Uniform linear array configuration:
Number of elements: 4
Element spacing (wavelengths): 1
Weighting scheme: kaiser
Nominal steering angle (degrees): -45
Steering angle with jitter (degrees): -45.665
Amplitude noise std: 0.05
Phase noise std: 0.05

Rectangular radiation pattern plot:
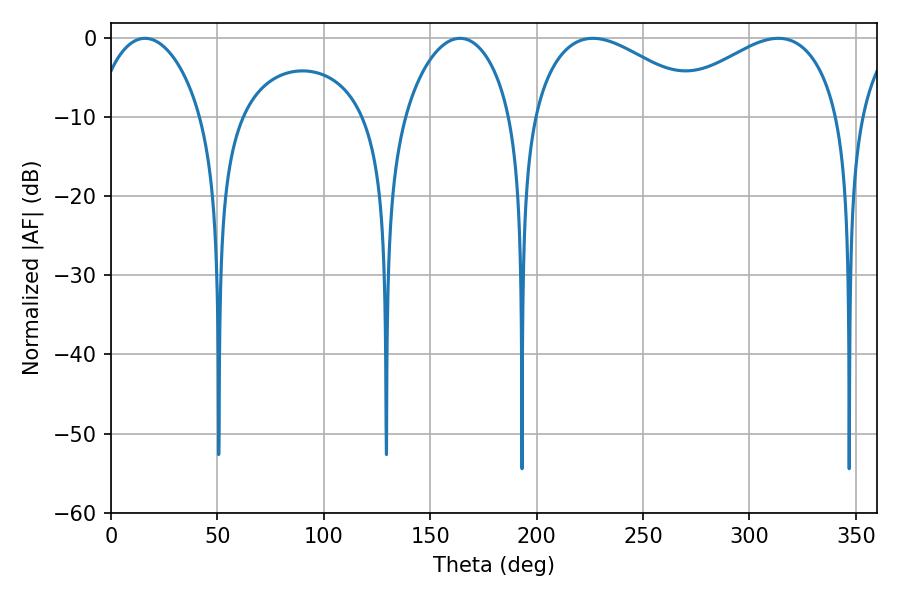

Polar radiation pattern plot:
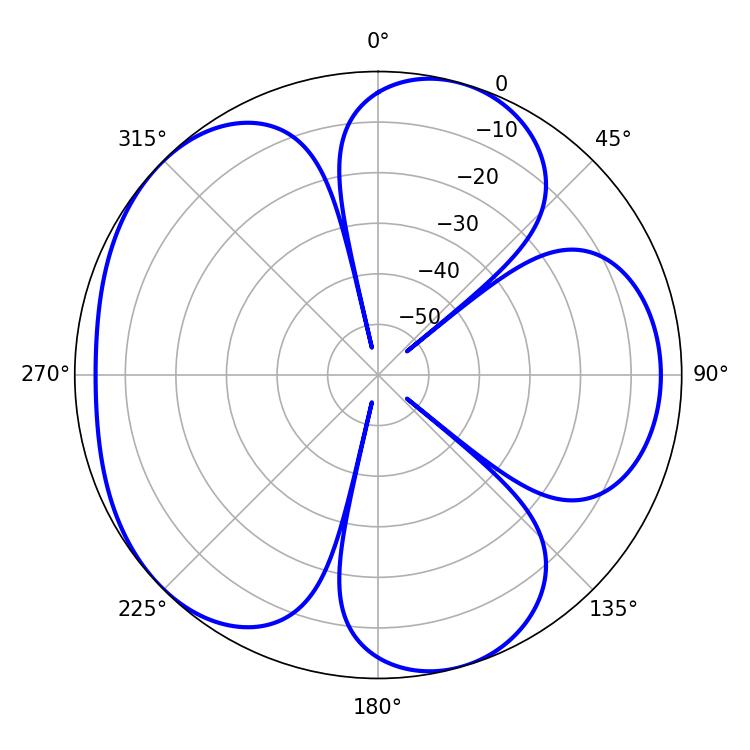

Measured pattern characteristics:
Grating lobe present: TRUE
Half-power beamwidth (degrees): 45
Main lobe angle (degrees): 226.44